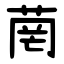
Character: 菵